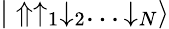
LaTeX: {|\Uparrow\uparrow_{1}\downarrow_{2}...\downarrow_{N}\rangle}